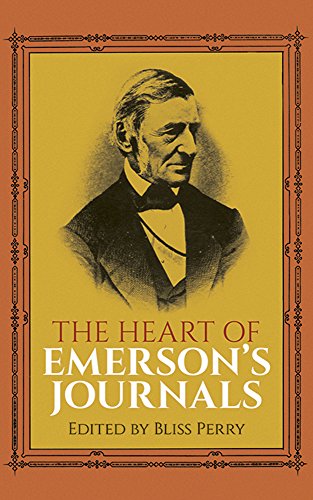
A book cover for The Heart of Emerson's Journals; Ralph Waldo Emerson; Literature & Fiction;